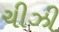
ચીઝી